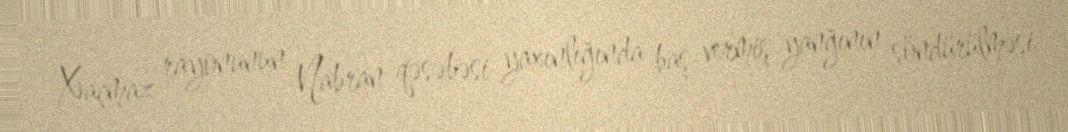
Xaçmaz rayonunun Nabran qəsəbəsi yaxınlığında baş vermiş yanğının söndürülməsi